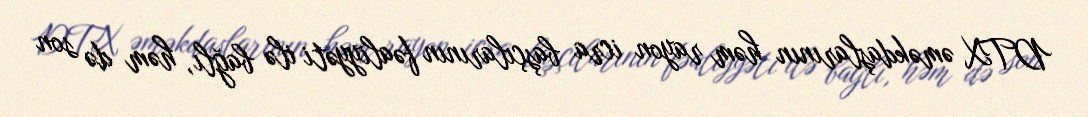
DTX əməkdaşlarının həm rayon icra başçılarının fəaliyyəti ilə bağlı, həm də son